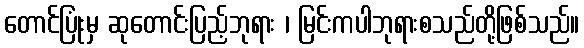
တောင်ပြုံးမှ ဆုတောင်းပြည့်ဘုရား ၊ မြင်းကပါဘုရားစသည်တို့ဖြစ်သည်။